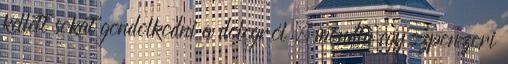
kellett sokat gondolkodni a dologról – mondta egy szponzori